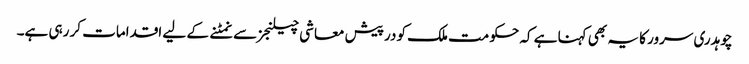
چوہدری سرور کا یہ بھی کہنا ہے کہ حکومت ملک کو درپیش معاشی چیلنجز سے نمٹنے کے لیے اقدامات کر رہی ہے۔